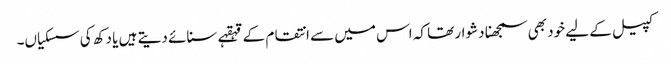
کپیل کے لیے خود بھی سمجھنا دشوار تھا کہ اس میں سے انتقام کے قہقہے سنائے دیتے ہیں یا دکھ کی سسکیاں۔